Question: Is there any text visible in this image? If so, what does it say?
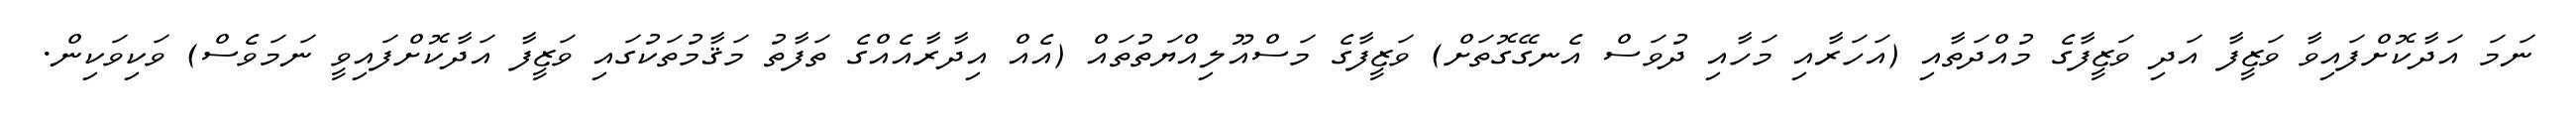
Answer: ނަމަ އަދާކޮށްފައިވާ ވަޒީފާ އަދި ވަޒީފާގެ މުއްދަތާއި (އަހަރާއި މަހާއި ދުވަސް އެނގޭގޮތަށް) ވަޒީފާގެ މަސްއޫލިއްޔަތުތައް (އެއް އިދާރާއެއްގެ ތަފާތު މަޤާމުތަކުގައި ވަޒީފާ އަދާކޮށްފައިވީ ނަމަވެސް) ވަކިވަކިން.